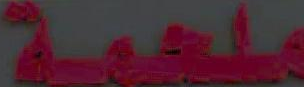
ملحمة